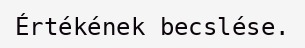
Értékének becslése.